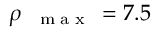
\rho _ { \mathrm { ~ \tiny ~ { ~ m ~ a ~ x ~ } ~ } } = 7 . 5